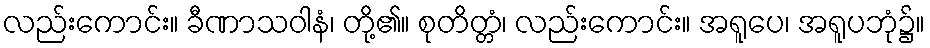
လည်းကောင်း။ ခီဏာသဝါနံ၊ တို့၏။ စုတိတ္တံ၊ လည်းကောင်း။ အရူပေ၊ အရူပဘုံ၌။